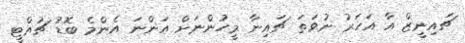
ޗައިނީޒް އާ އަހަރު ނުވަތަ ޗައިނާ މީހުންނަށް އަންނަ އެންމެ ބޮޑު ޗުއްޓީ